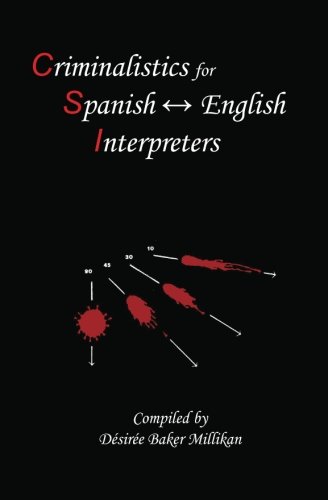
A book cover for Criminalistics for Spanish-English Interpreters (Spanish Edition); Desiree Baker Millikan; Law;